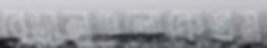
বেড়ালগুলোকেশ্রম